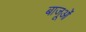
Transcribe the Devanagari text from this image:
बाजूओं